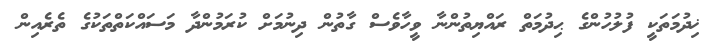
ޚިދުމަތަކީ ފުލުހުންގެ ޙިދުމަތް ރައްޔިތުންނާ ވީހާވެސް ގާތުން ދިނުމަށް ކުރަމުންދާ މަސައްކަތްތަކުގެ ތެރެއިން